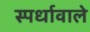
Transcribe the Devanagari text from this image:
स्पर्धावाले